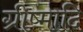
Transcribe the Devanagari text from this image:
ग्रीष्मादि